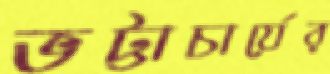
ভট্টাচার্যের